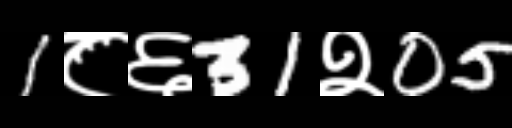
Text: 1८६31२05